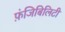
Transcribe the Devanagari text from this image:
फ़ंजिबिलिटी